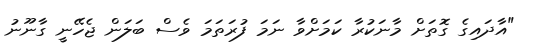
"އާދައިގެ ގޮތަށް މާނަކުރާ ކަމަށްވާ ނަމަ ފުރަތަމަ ވެސް ބަލަން ޖެހޭނީ ގާނޫނު